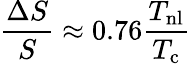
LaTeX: \frac{\Delta S}{S}\approx 0.76\frac{T_{\mathrm{nl}}}{T_{\mathrm{c}}}